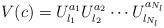
LaTeX: \begin{align*}V(c) = U_{l_1}^{a_1} U_{l_2}^{a_2} \cdots U_{l_{N_l}}^{a_{N_l}}\end{align*}